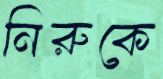
নিরুকে